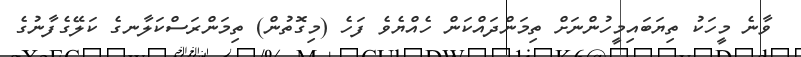
ވާނެ މީހަކު ތިޔަބައިމީހުންނަށް ތިމަންދައްކަން ހެއްޔެވެ ފަހެ (މިގޮތުން) ތިމަންރަސްކަލާނގެ ކަލޭގެފާނުގެ